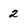
Character: 2